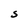
Character: S